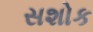
સશોક